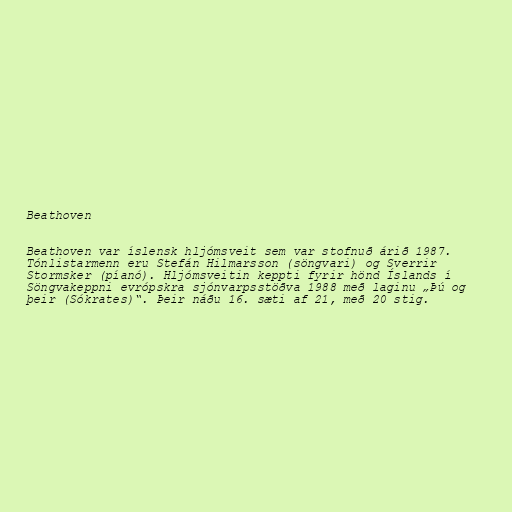
Beathoven

Beathoven var íslensk hljómsveit sem var stofnuð árið 1987.
Tónlistarmenn eru Stefán Hilmarsson (söngvari) og Sverrir
Stormsker (píanó). Hljómsveitin keppti fyrir hönd Íslands í
Söngvakeppni evrópskra sjónvarpsstöðva 1988 með laginu „Þú og
þeir (Sókrates)“. Þeir náðu 16. sæti af 21, með 20 stig.